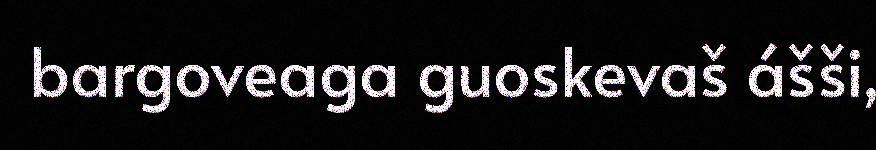
bargoveaga guoskevaš ášši,